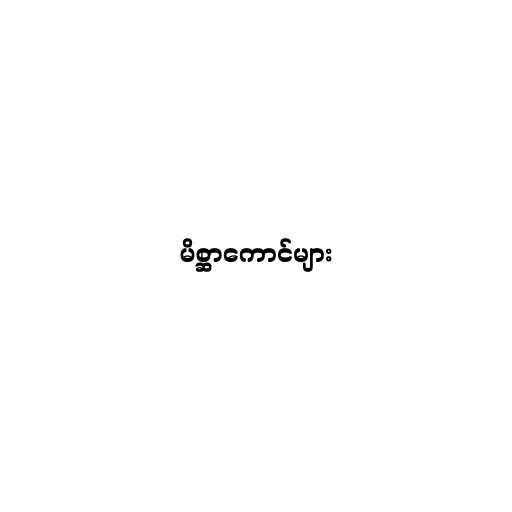
မိစ္ဆာကောင်များ